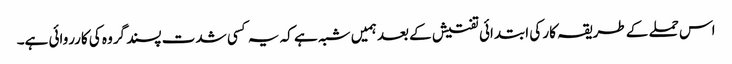
اس حملے کے طریقہ کار کی ابتدائی تفتیش کے بعد ہمیں شبہ ہے کہ یہ کسی شدت پسند گروہ کی کارروائی ہے۔